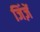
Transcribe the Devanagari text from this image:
जिंज़ें